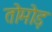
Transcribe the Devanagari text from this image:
तोमोड़